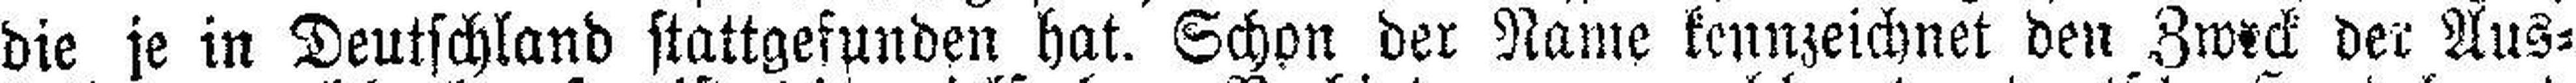
die je in Deutschland stattgefunden hat. Schon der Name kennzeichnet den Zweck der Aus¬